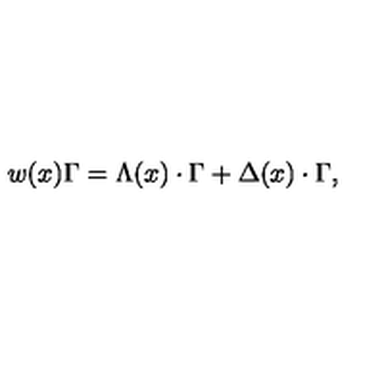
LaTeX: w ( x ) \Gamma = \Lambda ( x ) \cdot \Gamma + \Delta ( x ) \cdot \Gamma ,